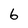
Character: 6